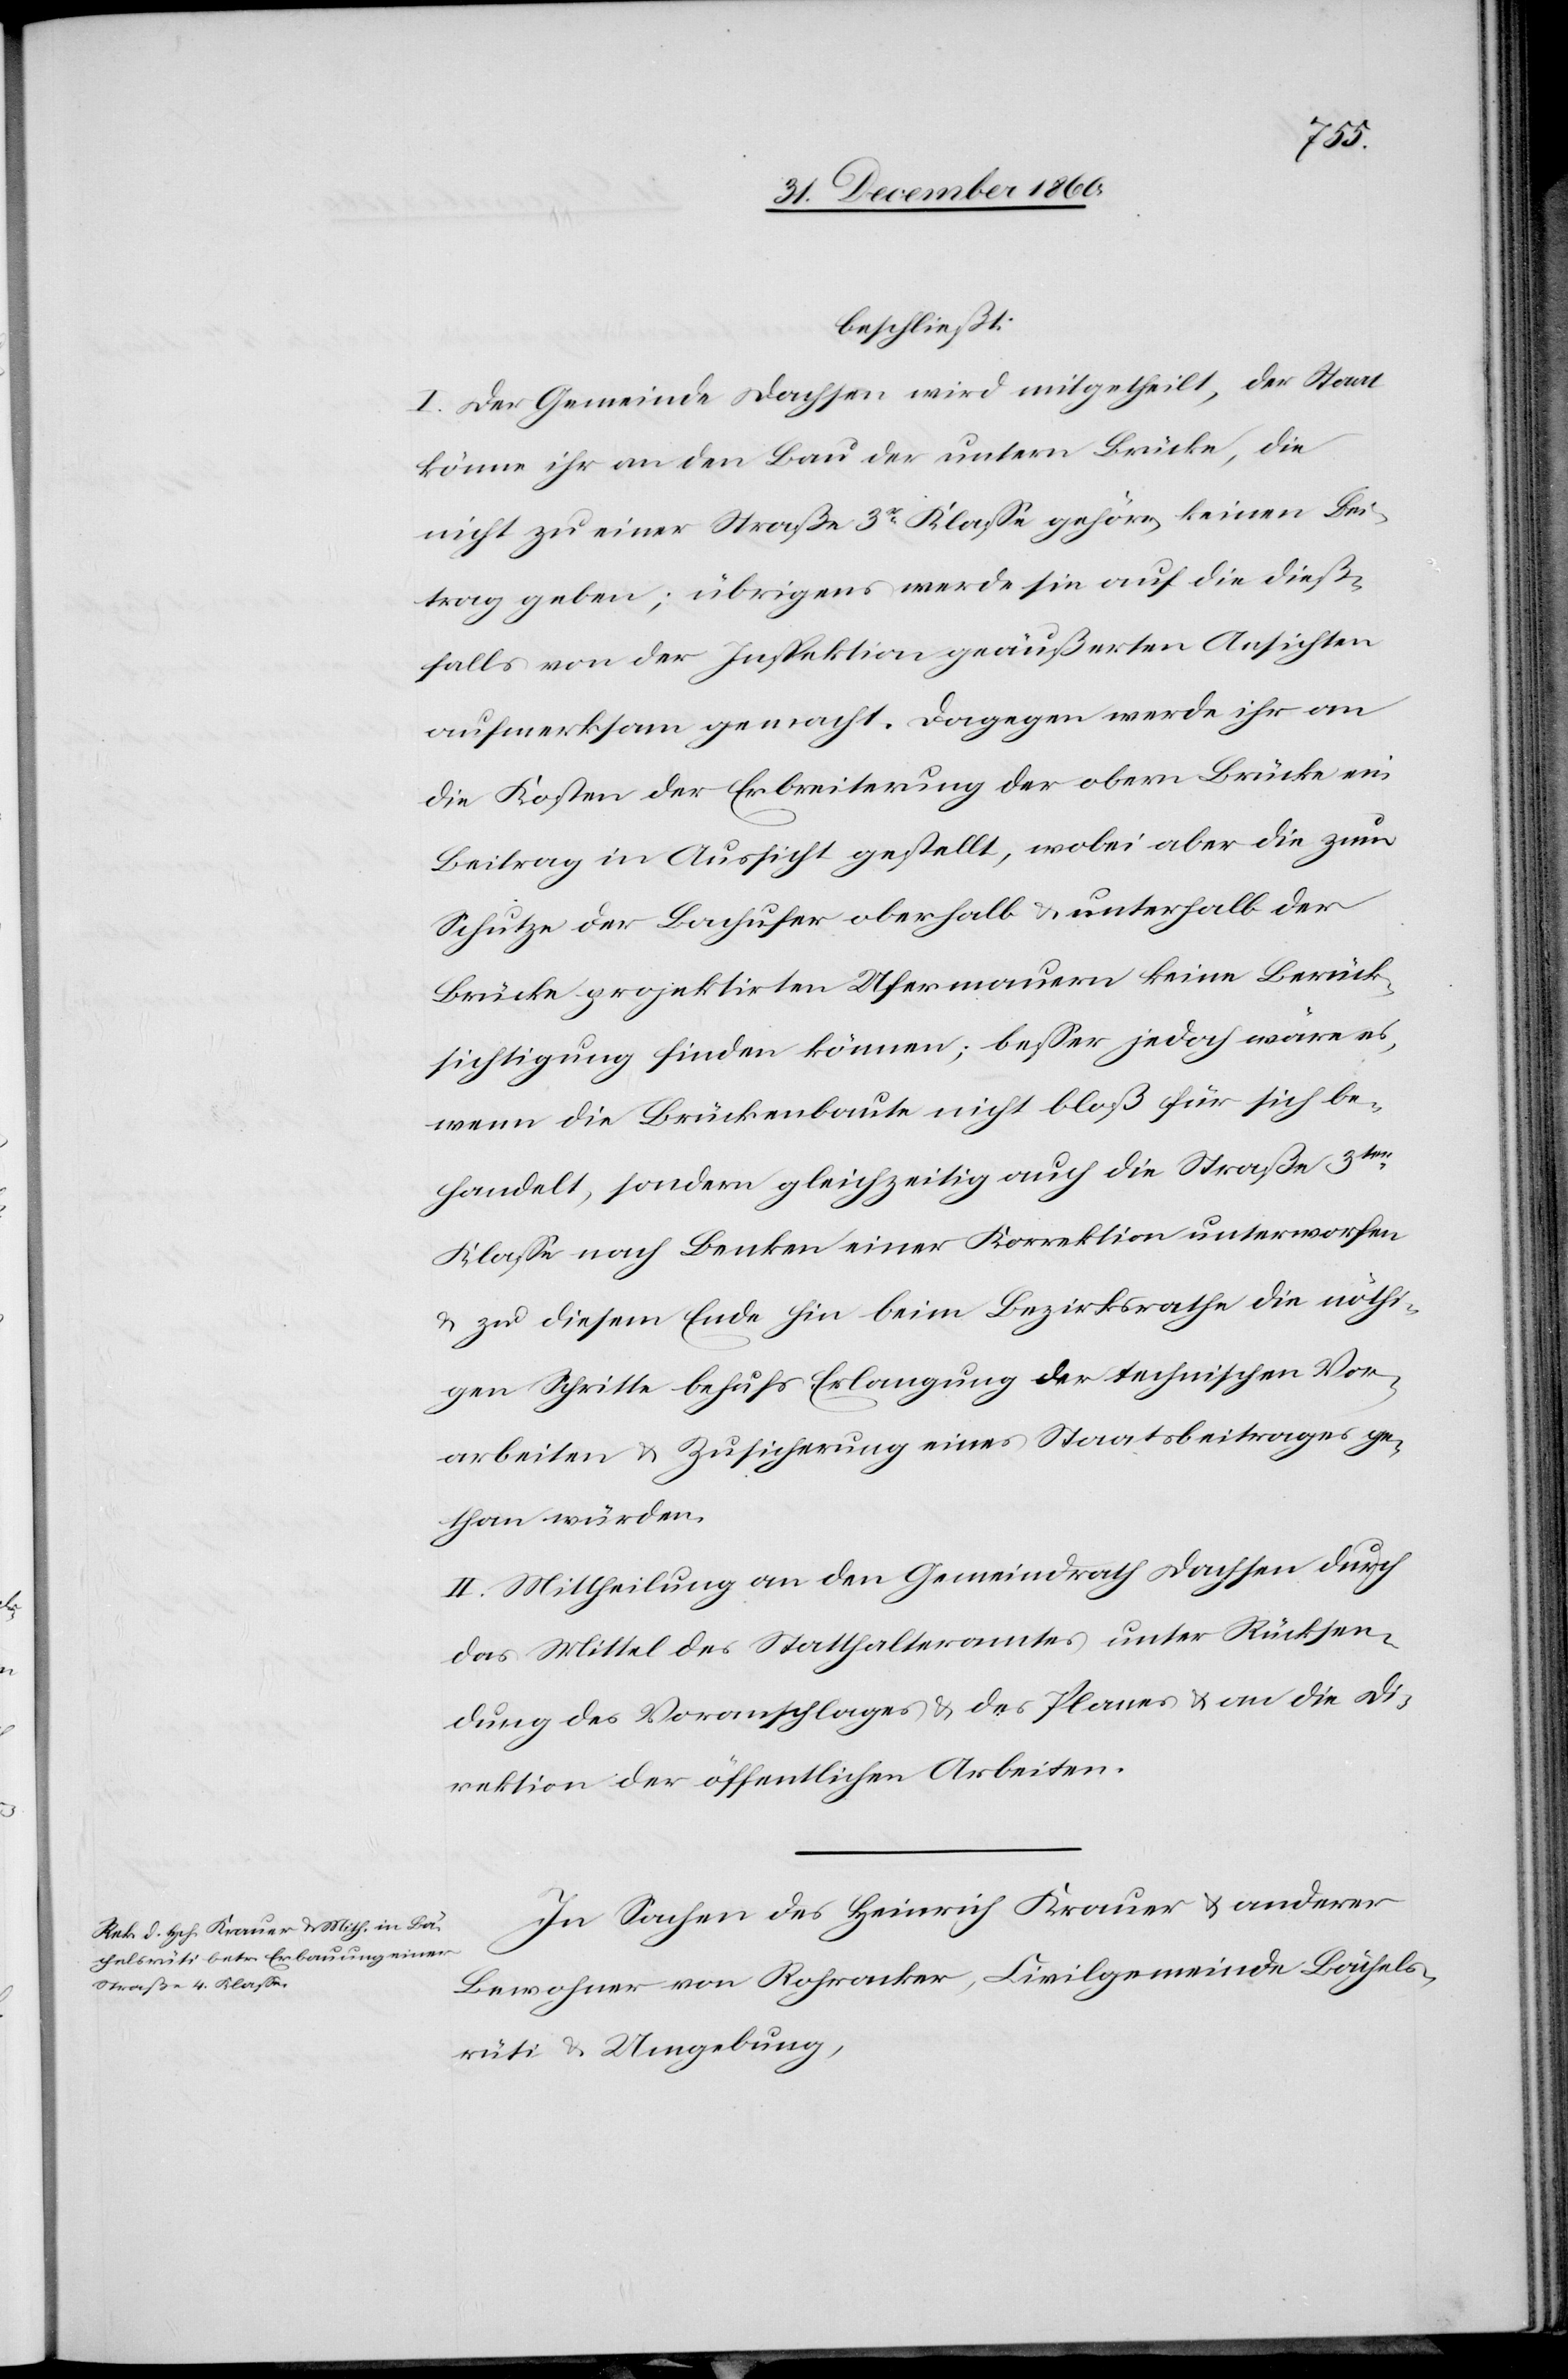
beschließt:
I. Der Gemeinde Dachsen wird mitgetheilt, der Staat
könne ihr an den Bau der untern Brücke, die
nicht zu einer Straße 3r Klasse gehöre, keinen Bei¬
trag geben; übrigens werde sie auf die dieß¬
falls von der Inspektion geäußerten Ansichten
aufmerksam gemacht. Dagegen werde ihr an
die Kosten der Erbreiterung der obern Brücke ein
Beitrag in Aussicht gestellt, wobei aber die zum
Schutze der Bachufer oberhalb u. unterhalb der
Brücke projektirten Ufermauern keine Berück¬
sichtigung finden können; besser jedoch wäre es,
wenn die Brückenbaute nicht bloß für sich be¬
handelt, sondern gleichzeitig auch die Straße 3ter
Klasse nach Benken einer Korrektion unterworfen
u. zu diesem Ende hin beim Bezirksrathe die nöthi¬
gen Schritte behufs Erlangung der technischen Vor¬
arbeiten u. Zusicherung eines Staatsbeitrages ge¬
than würden.
II. Mittheilung an den Gemeindrath Dachsen durch
das Mittel des Statthalteramtes unter Rücksen¬
dung des Voranschlages u. des Planes u. an die Di¬
rektion der öffentlichen Arbeiten.
In Sachen des Heinrich Krauer u. anderer
Bewohner von Rohracker, Civilgemeinde Bächels¬
rüti u. Umgebung,